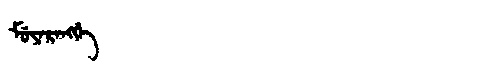
Manchu: ᠮᡠᠶᠠᡵᠠᠩᡤᡝ
Romanization: MUYARANGGE